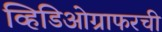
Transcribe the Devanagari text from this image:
व्हिडिओग्राफरची